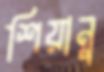
শিয়ানু